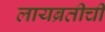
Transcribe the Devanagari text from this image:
लायब्रतीची